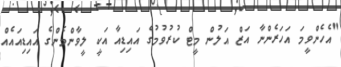
"އެހެންވީމަ އަހަރެންނާ އަޒް އަލުން މީޓް ކުރުވުމުގެ އައިޑިއާ އަކީ ލީވާންމެންގެ އައިޑިއައެއް